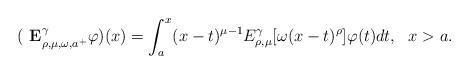
LaTeX: \begin{align*}( \textbf{ E}^\gamma_{\rho, \mu, \omega,a^+}\varphi )(x)=\int_a^x (x-t)^{\mu-1} E_{\rho,\mu}^\gamma [\omega (x-t)^\rho]\varphi(t) dt,~~x>a.\end{align*}